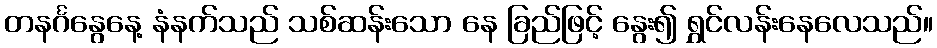
တနင်္ဂနွေနေ့ နံနက်သည် သစ်ဆန်းသော နေ ခြည်ဖြင့် နွေး၍ ရွှင်လန်းနေလေသည်။